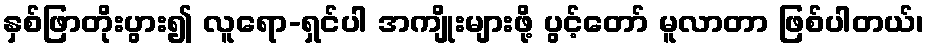
နှစ်ဖြာတိုးပွား၍ လူရော-ရှင်ပါ အကျိုးများဖို့ ပွင့်တော် မူလာတာ ဖြစ်ပါတယ်၊